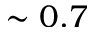
\sim 0 . 7